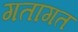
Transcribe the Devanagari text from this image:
गतागत